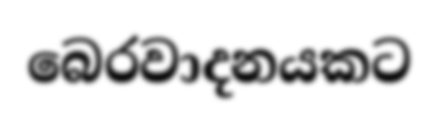
බෙරවාදනයකට